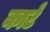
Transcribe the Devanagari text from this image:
कार्टं